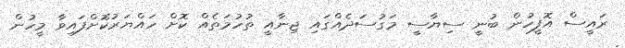
ރައީސް އޮފީހުން ބުނީ ސިޔާސީ މަގުސަދެއްގައި ޖިނާއީ ތުހުމަތެއް ކޮށް ހައްޔަރުކޮށްފައިވާ މީހުން